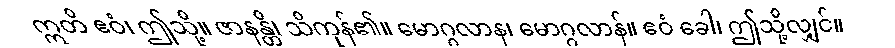
ဣတိ ဧဝံ၊ ဤသို့။ ဇာနန္တိ၊ သိကုန်၏။ မောဂ္ဂလာန၊ မောဂ္ဂလာန်။ ဧဝံ ခေါ၊ ဤသို့လျှင်။